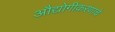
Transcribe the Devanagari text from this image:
औद्योगीकरणाचे